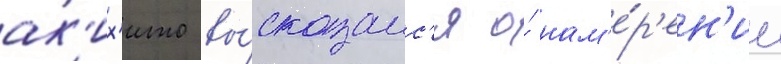
ак'их'ито вы́сказалс'я о́ нам'е́р'ен'ии